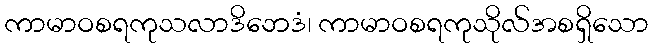
ကာမာဝစရကုသလာဒိဘေဒံ၊ ကာမာဝစရကုသိုလ်အစရှိသော